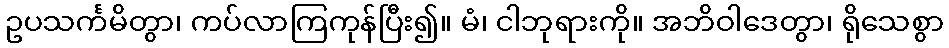
ဥပသင်္ကမိတွာ၊ ကပ်လာကြကုန်ပြီး၍။ မံ၊ ငါဘုရားကို။ အဘိဝါဒေတွာ၊ ရိုသေစွာ